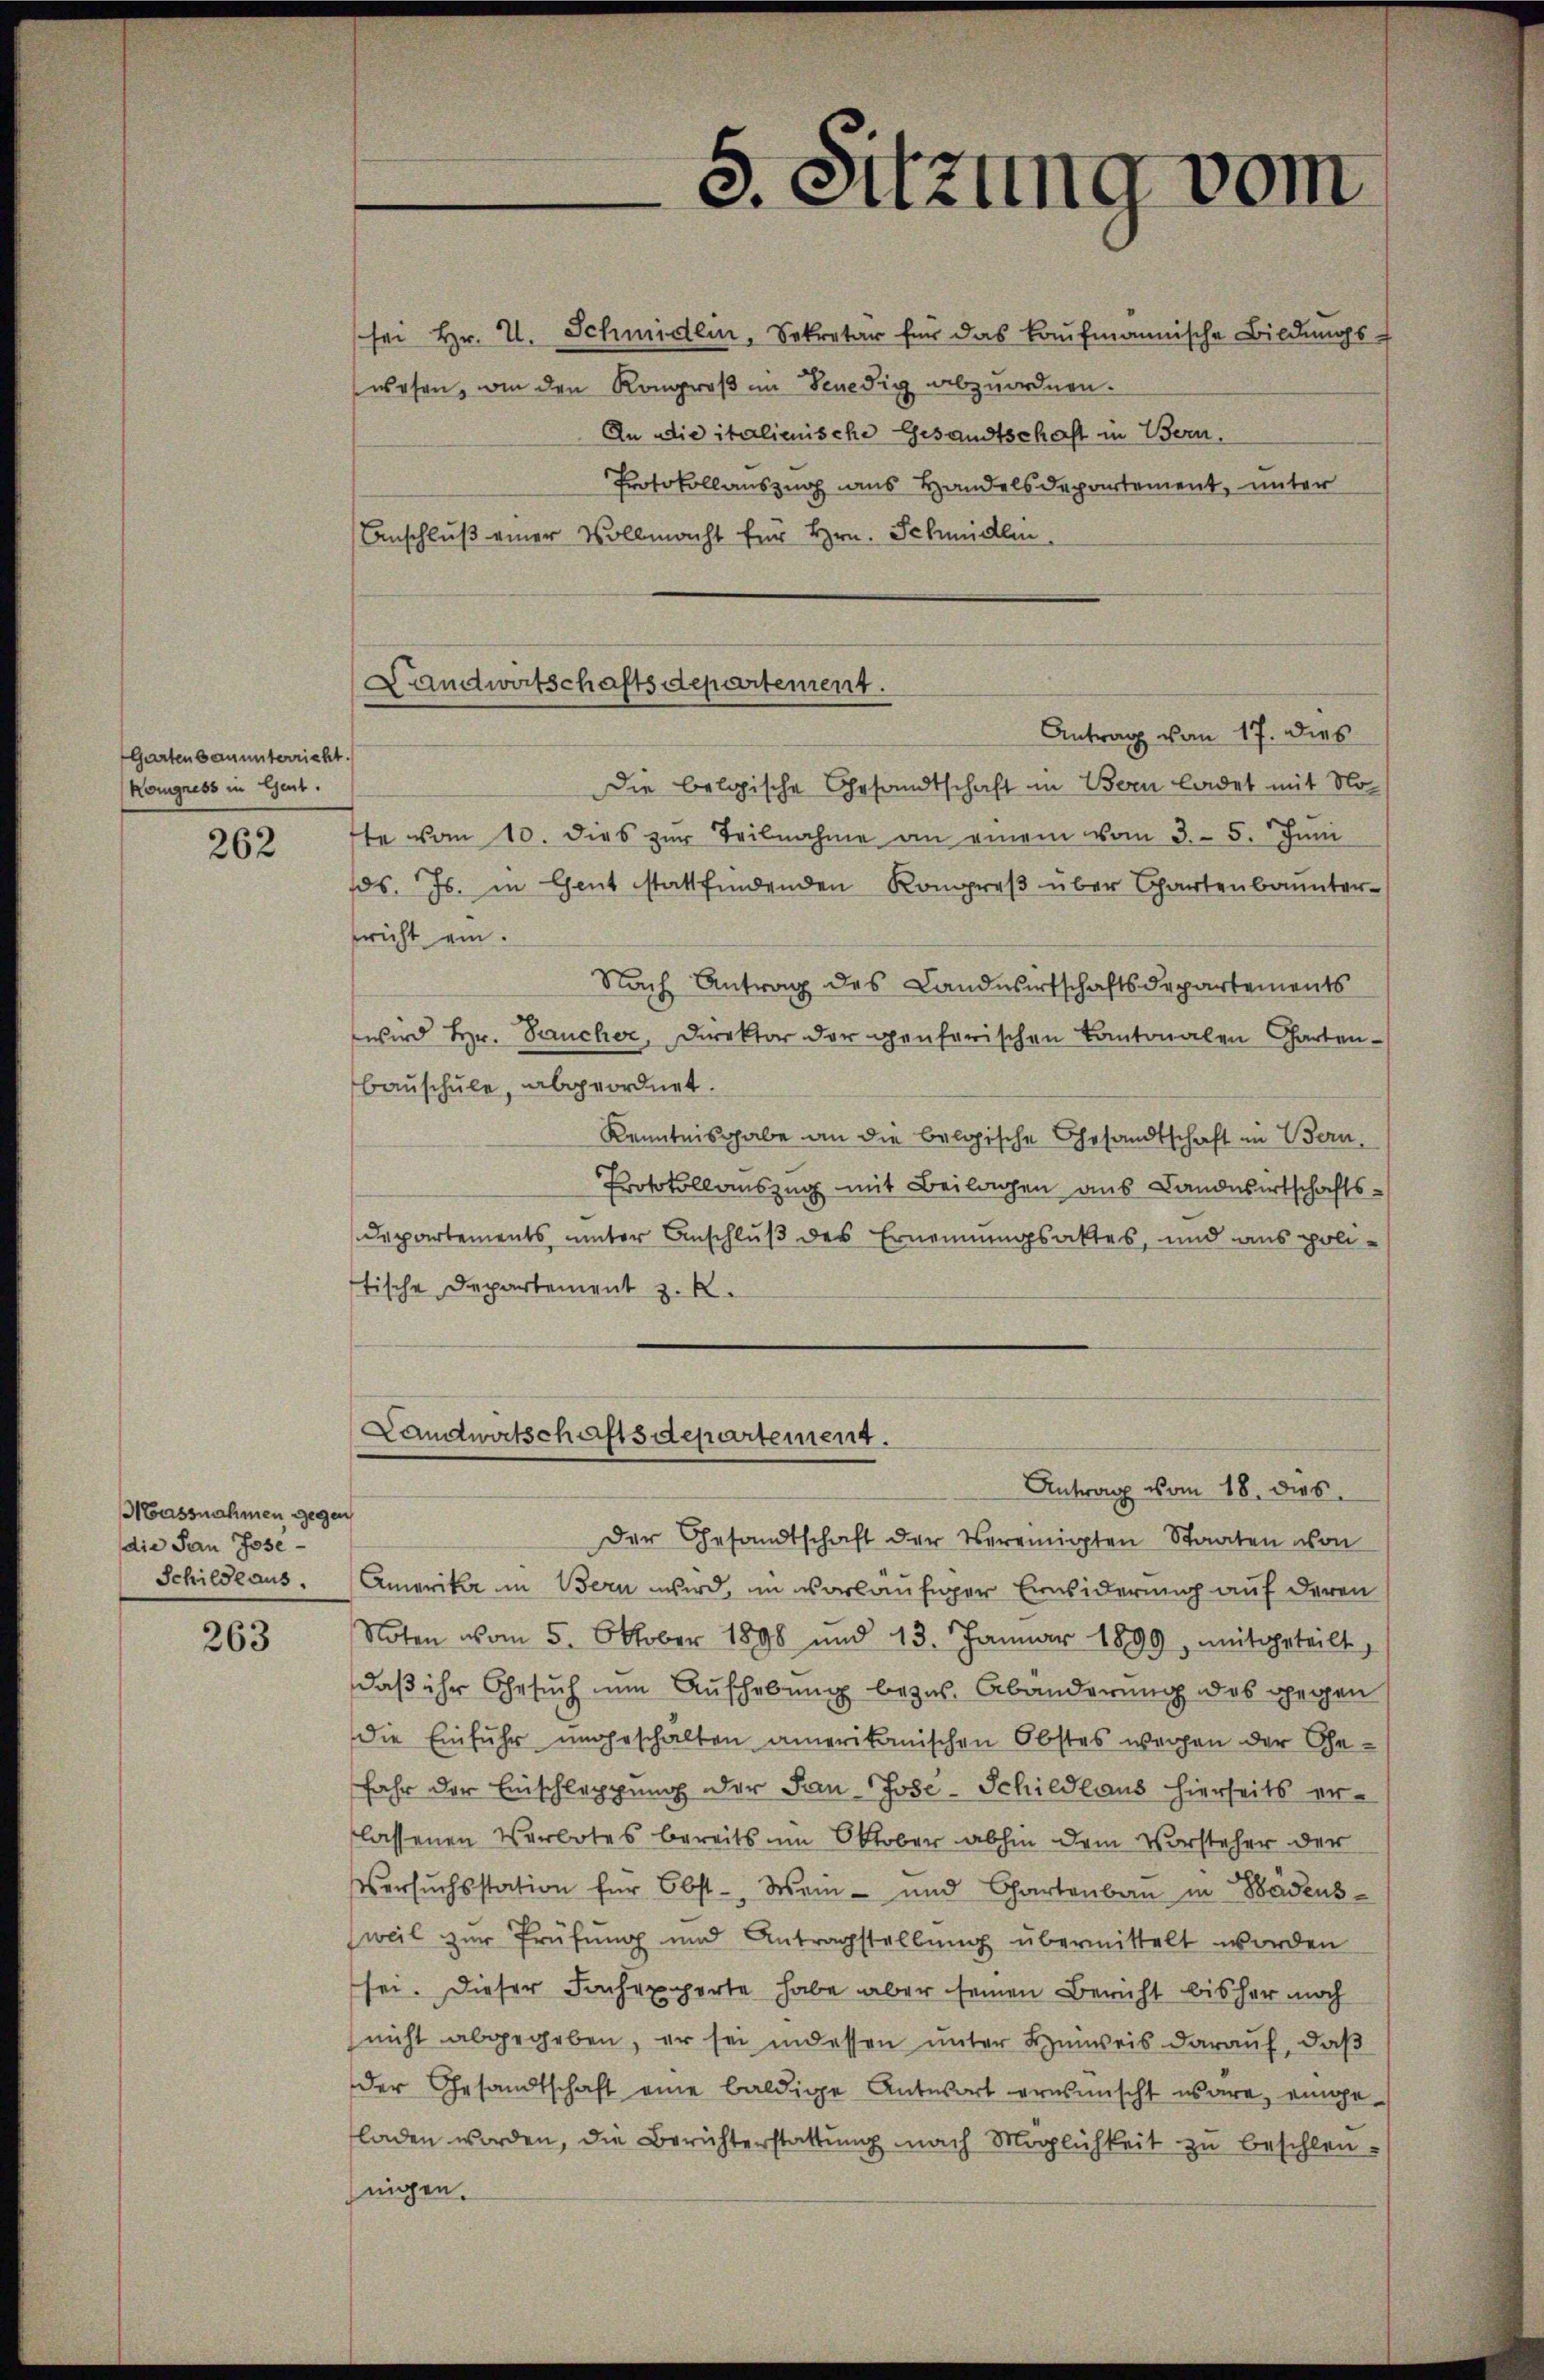
Gartenbauunterricht.
Kongress in Gent.

262

Massnahmen gegen
die San Jose
Schilde aus.

263

5. Sitzung vom
sei Hr. V. Schmidlin, Sekretär für das kaŭfmannische Bildungs-
wesen, von den Kongroß im Benedig abzuordnen.
An die italienische Gesandtschaft in Bern.

Protokollauszug aus Handelsdepartement, unter
Anschluß einer Vollmacht für Hrn. Schmidlin.
te vom 10. dies zŭr Teilnahme an einem vom 3. 5. Jŭni
ds. Js. in Gent stattfindenden Kompres über Chartenbannter
pricht ein.
Nach Antrag des Landwirtschaftsdepartements
wird Hr. Jaucher, Direktor der Genferischen Kantonalen Charten-
bauschule, abgeordnet.
Kenntnisgabe an die belgische Gesandtschaft in Bern,
Protokollauszug mit Beilagen aus Landwirtschafts-
Departements unter Anschluß des Ernennungsaktes, und aus politische Departement z. R.
Landwirtschaftsdepartement.
Antrag vom 18. dies
Der Gesandtschaft der Vereinigten Staaten von
Amerikar in Bern wird, im vorläufiger Erwiderung auf deren
Noten vom 5. Oktober 1898 und 13. Januar 1899, mitgeteilt,
daß ihr Gesuch nun Aufhebung bezw. Abänderung des gegen
Die Einfuhr ungeschalten amerikanischen Obstes wegen der Ge¬
Jahr der Einschleppung der San Jose-Schildlaus hierseits erlassenen Verbotes bereits im Oktober abhin dem Vorsteher der
Versuchsstation für Obst. Wein- und Chartenbau in Badens
weil zur Prüfung und Antragstellung übermittelt worden
sei. Dieser Fachexperte habe aber seinen Bericht bisher noch
nicht abgegeben, er sei indessen unter Hinweis darauf, daß
der Gesandtschaft eine baldige Antwort erwünscht wäre, eingeladen worden, die Berichterstattŭng nach Möglichkeit zu beschleunigen.

Landwirtschaftsdepartement.
Antrag von 17. dies
Die belgische Gesandtschaft in Bern ladet mit No